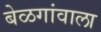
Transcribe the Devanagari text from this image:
बेळगांवाला